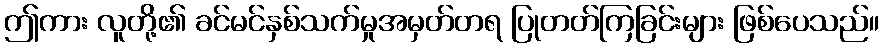
ဤကား လူတို့၏ ခင်မင်နှစ်သက်မှုအမှတ်တရ ပြုတတ်ကြခြင်းများ ဖြစ်ပေသည်။